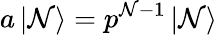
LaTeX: a\left|\mathcal{N}\right\rangle=p^{\mathcal{N}-1}\left|\mathcal{N}\right\rangle